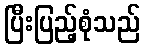
ပြီးပြည့်စုံသည်